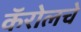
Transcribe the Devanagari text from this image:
कॅरोलचे